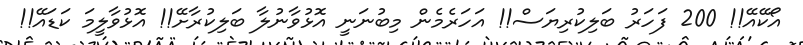
އޯކޭއޭ!! 200 ފަހަރު ބަލިކުރިޔަސް!! އަހަރެމެން މިބުނަނީ އޮޅުވާނުލާ ބަލިކުރާށޭ!! އޮޅުވާލީމަ ކަޑައޭ!!